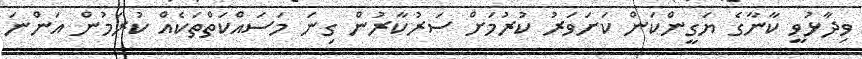
ވިދާޅުވީ ކާނާގެ ޔަގީންކަން ކަށަވަރު ކުރުމަށް ސަރުކާރުން ގިނަ މަސައްކަތްތަކެއް ކުރަމުން އަންނަ